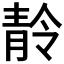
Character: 𩇙